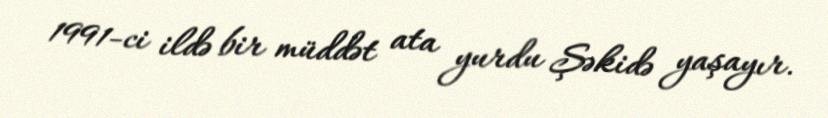
1991-ci ildə bir müddət ata yurdu Şəkidə yaşayır.